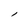
Character: l